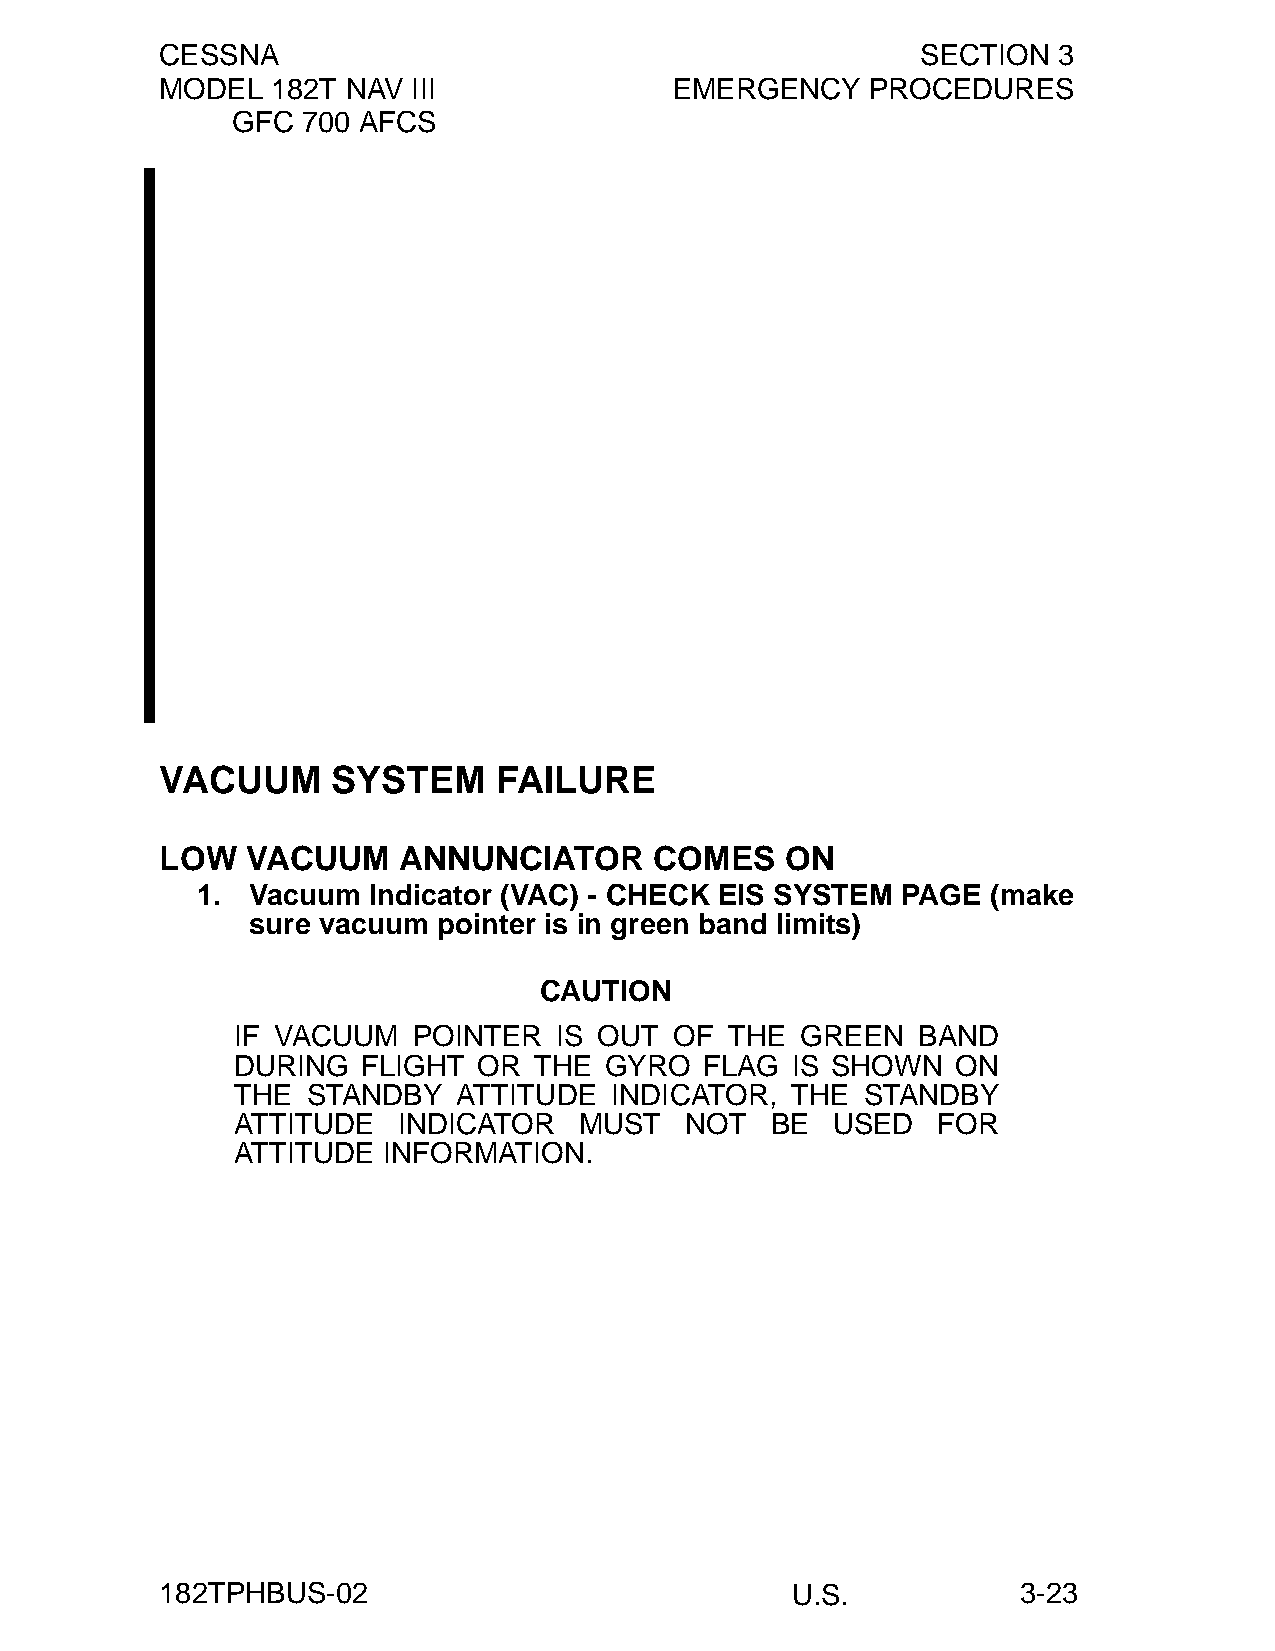
CESSNA                                            SECTION  3
 MODEL  182T NAV III               EMERGENCY    PROCEDURES
 GFC  700 AFCS
 VACUUM     SYSTEM     FAILURE
 LOW  VACUUM    ANNUNCIATOR      COMES    ON
 1.  Vacuum Indicator (VAC) - CHECK EIS SYSTEM  PAGE  (make
 sure vacuum pointer is in green band limits)
 CAUTION
 IF VACUUM  POINTER   IS OUT  OF THE  GREEN   BAND
 DURING  FLIGHT  OR THE  GYRO   FLAG IS SHOWN   ON
 THE STANDBY   ATTITUDE  INDICATOR,  THE  STANDBY
 ATTITUDE  INDICATOR   MUST   NOT   BE  USED   FOR
 ATTITUDE INFORMATION.
 182TPHBUS-02                             U.S.            3-23